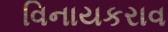
વિનાયકરાવ